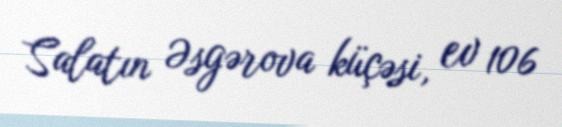
Salatın Əsgərova küçəsi, ev 106